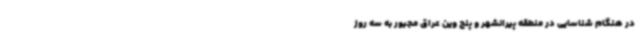
در هنگام شناسایی در منطقه پیرانشهر و پنج وین عراق مجبور به سه روز